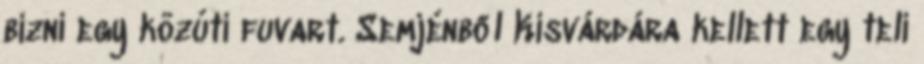
bízni egy közúti fuvart. Semjénből Kisvárdára kellett egy teli